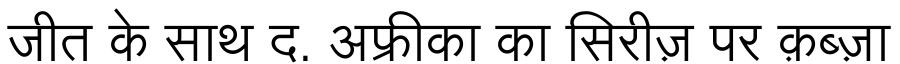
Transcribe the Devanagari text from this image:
जीत के साथ द. अफ्रीका का सिरीज़ पर क़ब्ज़ा